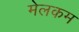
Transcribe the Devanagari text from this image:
मेलकम